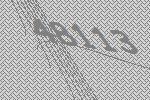
48113